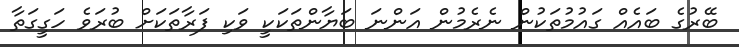
ބޭރުގެ ބައެއް ގައުމުތަކުން ނެރެމުން އަންނަ ބަޔާންތަކަކީ ވަކި ފަރާތަކަށް ބުރަވެ ހަގީގަތާ